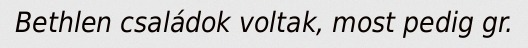
Bethlen családok voltak, most pedig gr.